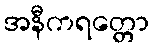
အနီကရတ္တော